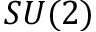
S U ( 2 )